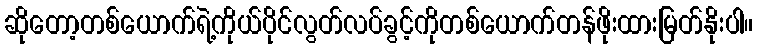
ဆိုတော့တစ်ယောက်ရဲ့ကိုယ်ပိုင်လွတ်လပ်ခွင့်ကိုတစ်ယောက်တန်ဖိုးထားမြတ်နိုးပါ။